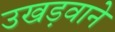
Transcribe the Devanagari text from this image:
उखड़वाने